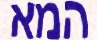
המא